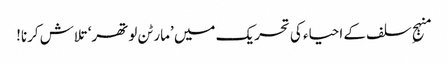
منہجِ سلف کے احیاء کی تحریک میں ’مارٹن لوتھر‘ تلاش کرنا!